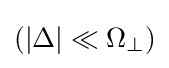
\left(|\Delta |\ll \Omega _{\perp }\right)